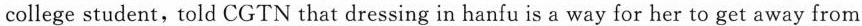
college student, told CGTN that dressing in hanfu is a way for her to get away from